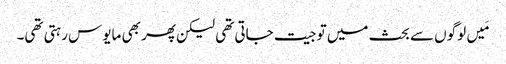
‏ مَیں لوگوں سے بحث میں تو جیت جاتی تھی لیکن پھر بھی مایوس رہتی تھی۔